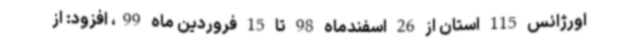
اورژانس 115 استان از 26 اسفندماه 98 تا 15 فروردین ماه 99، افزود: از